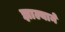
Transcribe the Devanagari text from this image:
झाल्यानें